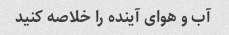
آب و هوای آینده را خلاصه کنید